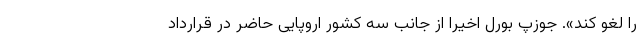
را لغو کند». جوزپ بورل اخیرا از جانب سه کشور اروپایی حاضر در قرارداد